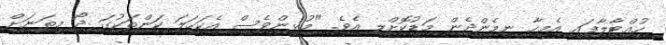
ހުއްޓާލާފައި އެމީހާ ނިމެންދެން މަޑުކޮށްލި އެވެ. "މުޅިންވެސް އެކަހަލަ ކަންތަކުގަ ދޯ މިތަނަށް